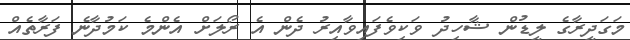
މަގަދީރާގެ ލީޑުން ޝާހިދު ވަކިވެފައިވާއިރު ދެން އެ ރޯލަށް އެންމެ ކަމުދާނެ ފަރާތެއް